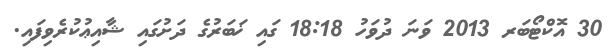
30 އޮކްޓޯބަރ 2013 ވަނަ ދުވަހު 18:18 ގައި ޚަބަރުގެ ދަށުގައި ޝާއިޢުކުރެވިފައި.